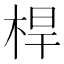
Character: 桿